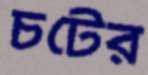
চটের